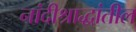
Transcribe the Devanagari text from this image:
नांदीश्राद्धांतील